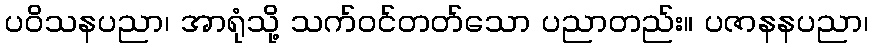
ပဝိသနပညာ၊ အာရုံသို့ သက်ဝင်တတ်သော ပညာတည်း။ ပဇာနနပညာ၊